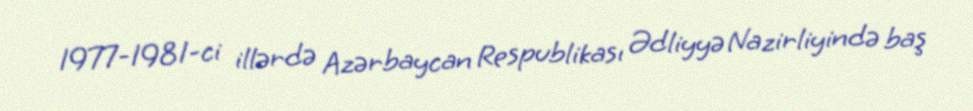
1977-1981-ci illərdə Azərbaycan Respublikası Ədliyyə Nazirliyində baş